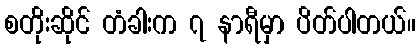
စတိုးဆိုင် တံခါးက ၇ နာရီမှာ ပိတ်ပါတယ်။